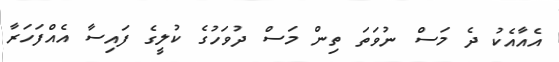
އެއާއެކު ދެ މަސް ނުވަތަ ތިން މަސް ދުވަހުގެ ކުލީގެ ފައިސާ އެއްފަހަރާ